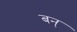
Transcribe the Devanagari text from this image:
बन्